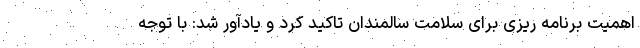
اهمیت برنامه ریزی برای سلامت سالمندان تاکید کرد و یادآور شد: با توجه